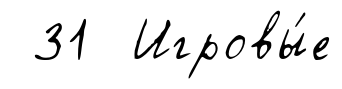
31 Игровы́е